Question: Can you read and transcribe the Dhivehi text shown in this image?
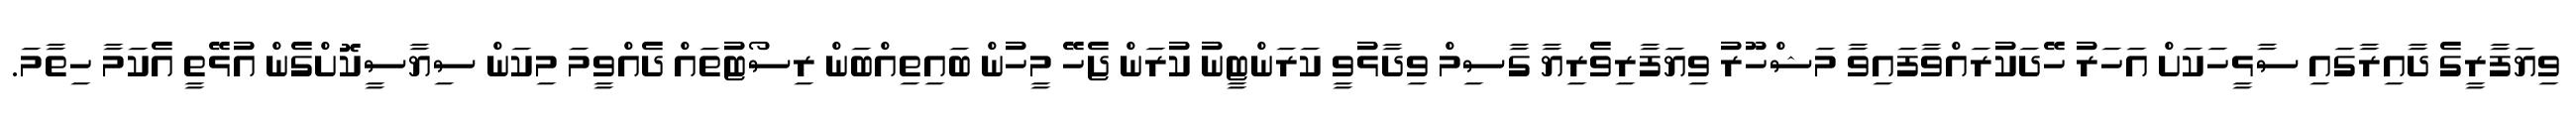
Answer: ވިޔަފާރީގެ ދާއިރާގައި ސާޅީހަކަށް އަހަރު ހޭދަކުރައްވާފައިވާ މަޝްހޫރު ވިޔަފާރިވެރިޔާ ގާސިމް ވިދާޅުވީ ކަރަންޓީނު ކުރަން ޖެހޭ މީހުން ބައިތިއްބަން ރިސޯޓުތައް ދެއްވީމަ މިކަން ސިޔާސީކޮށްގެން އުޅޭތީ އެކަމާ ހިތާމަ.